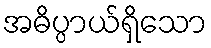
အဓိပ္ပာယ်ရှိသော